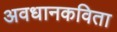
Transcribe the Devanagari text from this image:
अवधानकविता